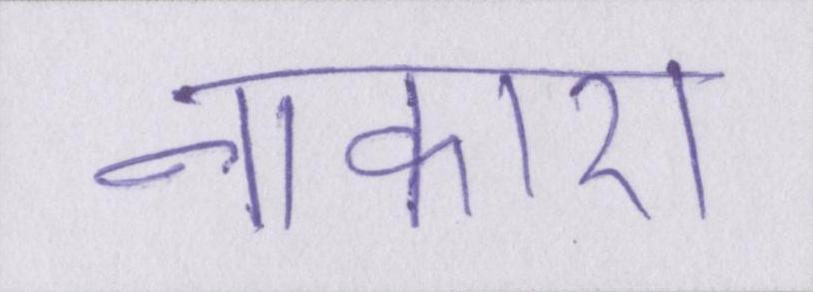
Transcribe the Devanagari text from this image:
नाकारा